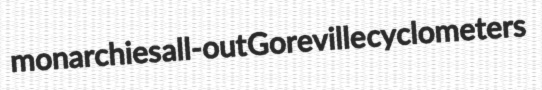
monarchies all-out Goreville cyclometers